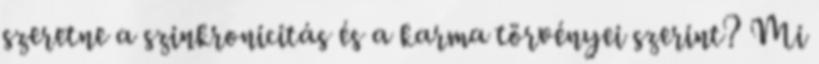
szeretne a szinkronicitás és a karma törvényei szerint? Mi